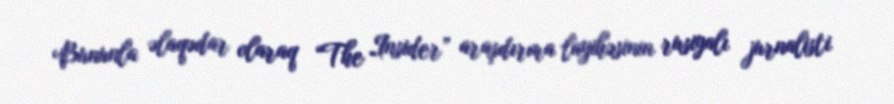
Bununla əlaqədar olaraq “The Insider” araşdırma layihəsinin rusiyalı jurnalisti